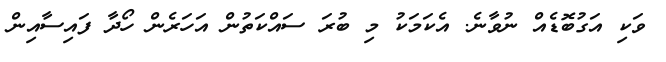
ވަކި އަގުބޮޑެއް ނުވާނެ. އެކަމަކު މި ބުރަ ސައްކަތުން އަހަރެން ހޯދާ ފައިސާއިން